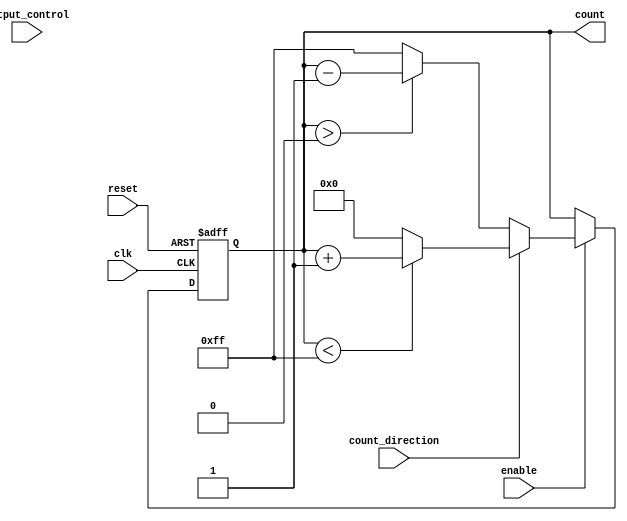
module SynchronousCounter #(
    parameter WIDTH = 8,           // Width of the counter
    parameter MAX_COUNT = 255,     // Maximum count value (2^WIDTH - 1)
    parameter MIN_COUNT = 0,       // Minimum count value
    parameter INITIAL_VALUE = 0    // Initial value for the counter
)(
    input wire clk,                // Clock input
    input wire reset,              // Asynchronous reset
    input wire enable,             // Enable counting
    input wire count_direction,     // Count up (1) or down (0)
    input wire output_control,      // Control output
    output reg [WIDTH-1:0] count   // Counter output
);

    // Asynchronous reset logic
    always @(posedge clk or posedge reset) begin
        if (reset) begin
            count <= INITIAL_VALUE;  // Reset counter to initial value
        end else if (enable) begin
            if (count_direction) begin
                // Count up
                if (count < MAX_COUNT) begin
                    count <= count + 1;
                end else begin
                    count <= MIN_COUNT; // Wrap around to minimum
                end
            end else begin
                // Count down
                if (count > MIN_COUNT) begin
                    count <= count - 1;
                end else begin
                    count <= MAX_COUNT; // Wrap around to maximum
                end
            end
        end
    end

    // Output control logic
    always @(*) begin
        if (output_control) begin
            // Output current counter value
            count_out = count;
        end else begin
            // Hold state (e.g., zero or predefined value)
            count_out = INITIAL_VALUE; // Change this if a different hold value is needed
        end
    end

endmodule